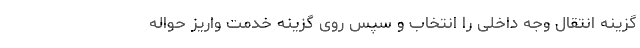
گزینه انتقال وجه داخلی را انتخاب و سپس روی گزینه خدمت واریز حواله